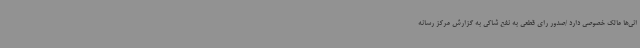
انی‌ها مالک خصوصی دارد /صدور رای قطعی به نفع شاکی به گزارش مرکز رسانه